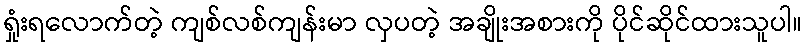
ရှုံးရလောက်တဲ့ ကျစ်လစ်ကျန်းမာ လှပတဲ့ အချိုးအစားကို ပိုင်ဆိုင်ထားသူပါ။